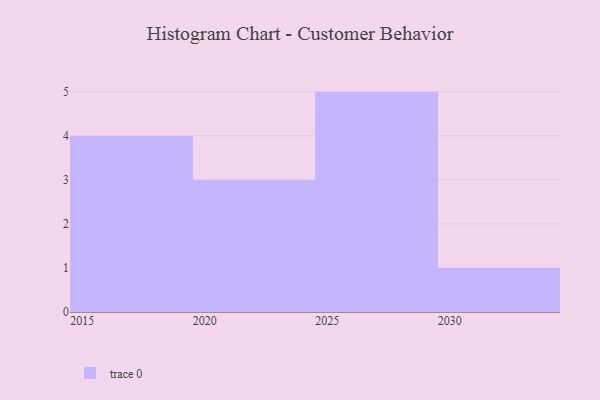
{"axis": {"x": "Year", "y": "Population (Million)"}, "legend": [""], "data": [{"x": "2021", "y": 10, "type": ""}, {"x": "2030", "y": 96, "type": ""}, {"x": "2028", "y": 63, "type": ""}, {"x": "2019", "y": 94, "type": ""}, {"x": "2029", "y": 92, "type": ""}, {"x": "2016", "y": 4, "type": ""}, {"x": "2022", "y": 81, "type": ""}, {"x": "2018", "y": 14, "type": ""}, {"x": "2027", "y": 37, "type": ""}, {"x": "2017", "y": 37, "type": ""}, {"x": "2026", "y": 99, "type": ""}, {"x": "2025", "y": 54, "type": ""}, {"x": "2024", "y": 77, "type": ""}]}